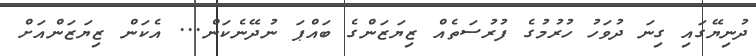
ދުނިޔޭގައި ގިނަ ދުވަހު ހުރުމުގެ ފުރުސަތެއް ޒިޔަޒަންގެ ބައްޕަ ނުދޭނެކަން... އެކަން ޒިޔަޒަންއަށް